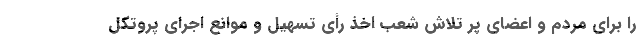
را برای مردم و اعضای پر تلاش شعب اخذ رأی تسهیل و موانع اجرای پروتکل